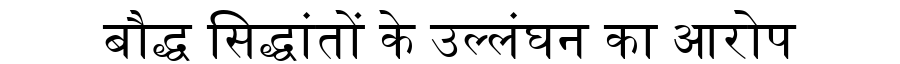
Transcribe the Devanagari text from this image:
बौद्ध सिद्धांतों के उल्लंघन का आरोप